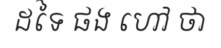
ដទៃ ផង ហៅ ថា